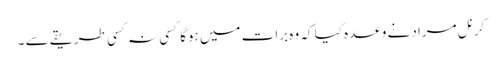
کرنل مراد نے وعدہ کیا کہ وہ برات میں ہوگا کسی نہ کسی طریقے سے ۔